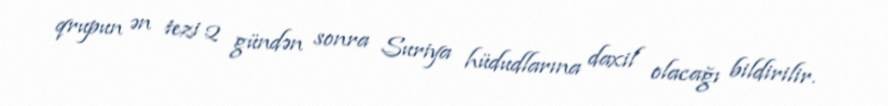
qrupun ən tezi 2 gündən sonra Suriya hüdudlarına daxil olacağı bildirilir.